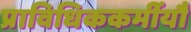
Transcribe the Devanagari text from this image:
प्राविधिककर्मीयौं